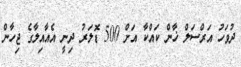
ދުވަހު އަރްސަލް ޚާން ކައްކާ އަށް 500 ޑޮލަރު ދިނީ އެއާއިލާގެ ޖިހާން